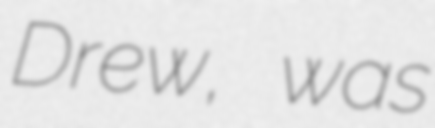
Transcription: Drew, was